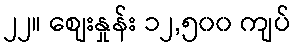
၂၂။ စျေးနှုန်း ၁၂,၅၀၀ ကျပ်